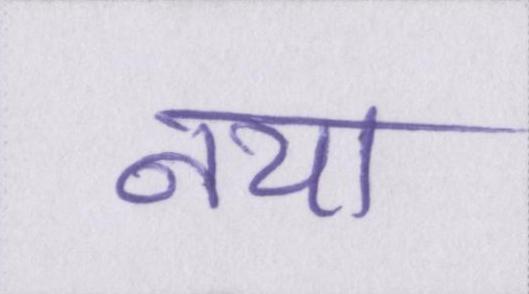
नया